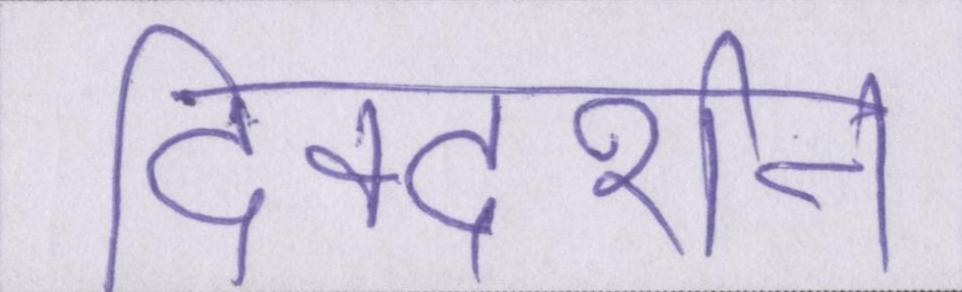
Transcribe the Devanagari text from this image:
दिक्दर्शन